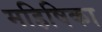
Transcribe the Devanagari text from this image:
महिषिका